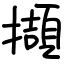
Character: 擷